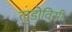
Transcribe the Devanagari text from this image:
लुडोविसी